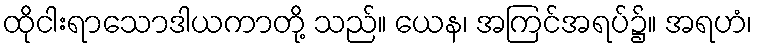
ထိုငါးရာသောဒါယကာတို့ သည်။ ယေန၊ အကြင်အရပ်၌။ အရဟံ၊